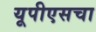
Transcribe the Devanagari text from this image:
यूपीएसचा